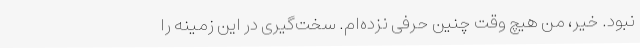
نبود. خیر، من هیچ وقت چنین حرفی نزده‌ام. سخت‌گیری در این زمینه را